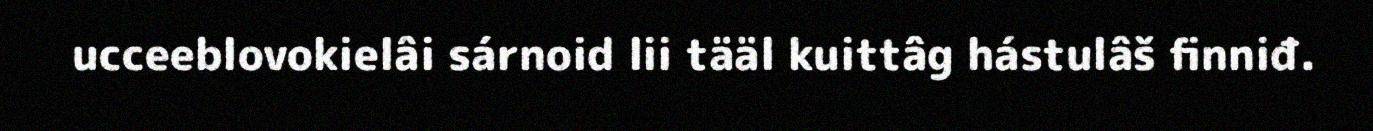
ucceeblovokielâi sárnoid lii tääl kuittâg hástulâš finniđ.